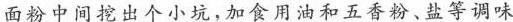
面粉中间挖出个小坑，加食用油和五香粉、盐等调味